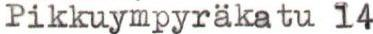
Pikkuympyrakatu l4